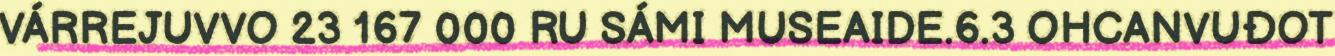
VÁRREJUVVO 23 167 000 RU SÁMI MUSEAIDE.6.3 OHCANVUĐOT